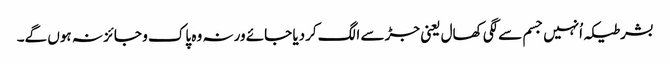
بشرطیکہ اُنہیں جسم سےلگی کھال یعنی جڑ سے الگ کردیا جائے ورنہ وہ پاک و جائز نہ ہوں گے۔